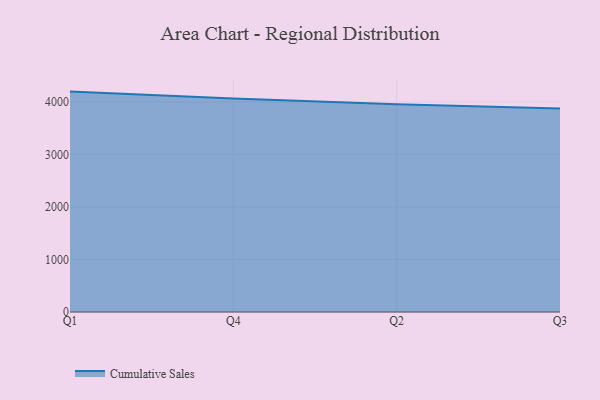
{"axis": {"x": "Quarter", "y": "Latency (ms)"}, "legend": ["Cumulative Sales"], "data": [{"x": "Q1", "y": 4197.6, "type": "Cumulative Sales"}, {"x": "Q4", "y": 4066.2, "type": "Cumulative Sales"}, {"x": "Q2", "y": 3956.4, "type": "Cumulative Sales"}, {"x": "Q3", "y": 3877.9, "type": "Cumulative Sales"}]}